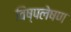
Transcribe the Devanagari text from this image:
विष्पलेषण